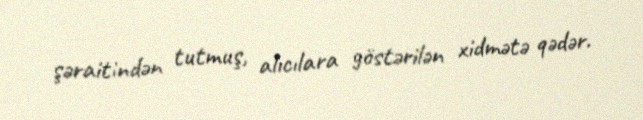
şəraitindən tutmuş, alıcılara göstərilən xidmətə qədər.